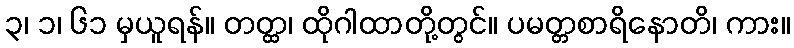
၃၊ ၁၊ ၆၁ မှယူရန်။ တတ္ထ၊ ထိုဂါထာတို့တွင်။ ပမတ္တစာရိနောတိ၊ ကား။